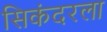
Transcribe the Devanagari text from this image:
सिकंदरला